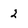
Character: 2